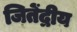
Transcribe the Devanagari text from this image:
जितेंद्रीय